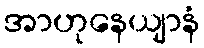
အာဟုနေယျာနံ